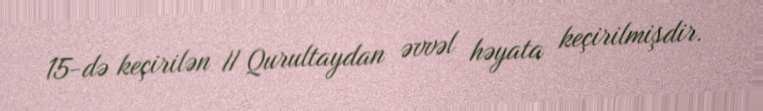
15-də keçirilən II Qurultaydan əvvəl həyata keçirilmişdir.